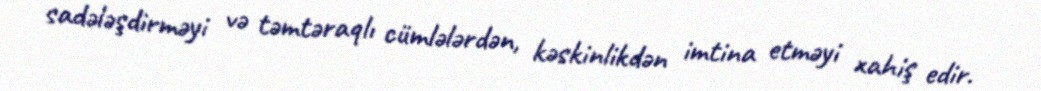
sadələşdirməyi və təmtəraqlı cümlələrdən, kəskinlikdən imtina etməyi xahiş edir.